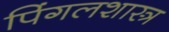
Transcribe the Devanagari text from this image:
पिंगलशास्त्र